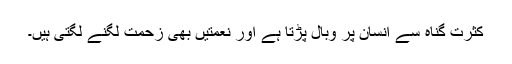
کثرتِ گناہ سے انسان پر وبال پڑتا ہے اور نعمتیں بھی زحمت لگنے لگتی ہیں۔